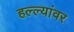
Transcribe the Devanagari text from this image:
हल्ल्यांवर